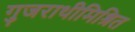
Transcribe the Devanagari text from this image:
गुजराथीमिश्रित